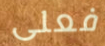
فعلى